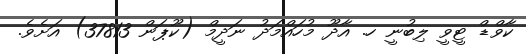
ކާވްޑް ޓީވީ ލިބުނީ ހ. އާދޫ މުހައްމަދު ނަދީމް (ކޫޕަން 37813) އަށެވެ.